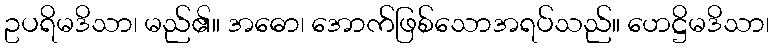
ဥပရိမဒိသာ၊ မည်၏။ အဓော၊ အောက်ဖြစ်သောအရပ်သည်။ ဟေဋ္ဌိမဒိသာ၊